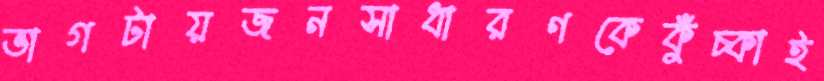
ভাগটায়জনসাধারণকেকুঁচ্‌কাই